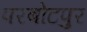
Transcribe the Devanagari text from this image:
परबोटपुर